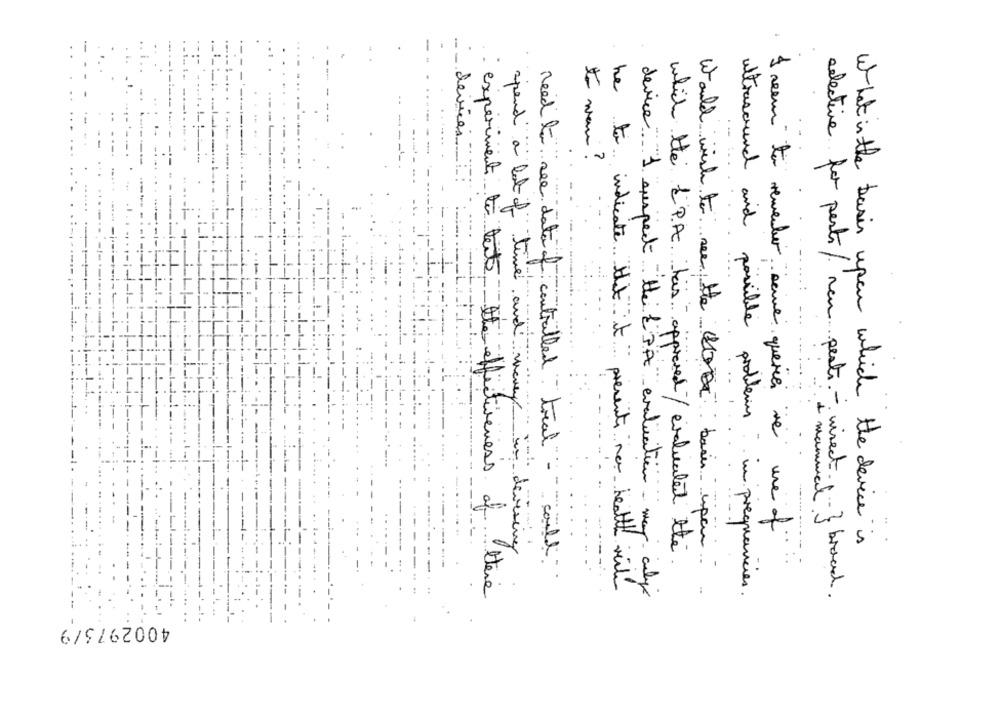
-
-
-
--
to man ?
devices
spend a lot of time and money
device . I suspect the &PA evaluation may
1 seem to remember sene queries se une of
in devising
What is the basis upon which the device is
which the PA has approved / evaluated the
Would wish to see the basis upon
need to see date of controlled toral - could
experiment to test, the effectiveness of there
he to indicate that it prevents na health will
ultrasound and possible problems in pregnancies .
selective for posts / neu pesti - vinect. 1 } broad.
4002973/9